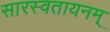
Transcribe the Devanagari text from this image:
सारस्वतायनम्